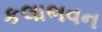
કલાભવન